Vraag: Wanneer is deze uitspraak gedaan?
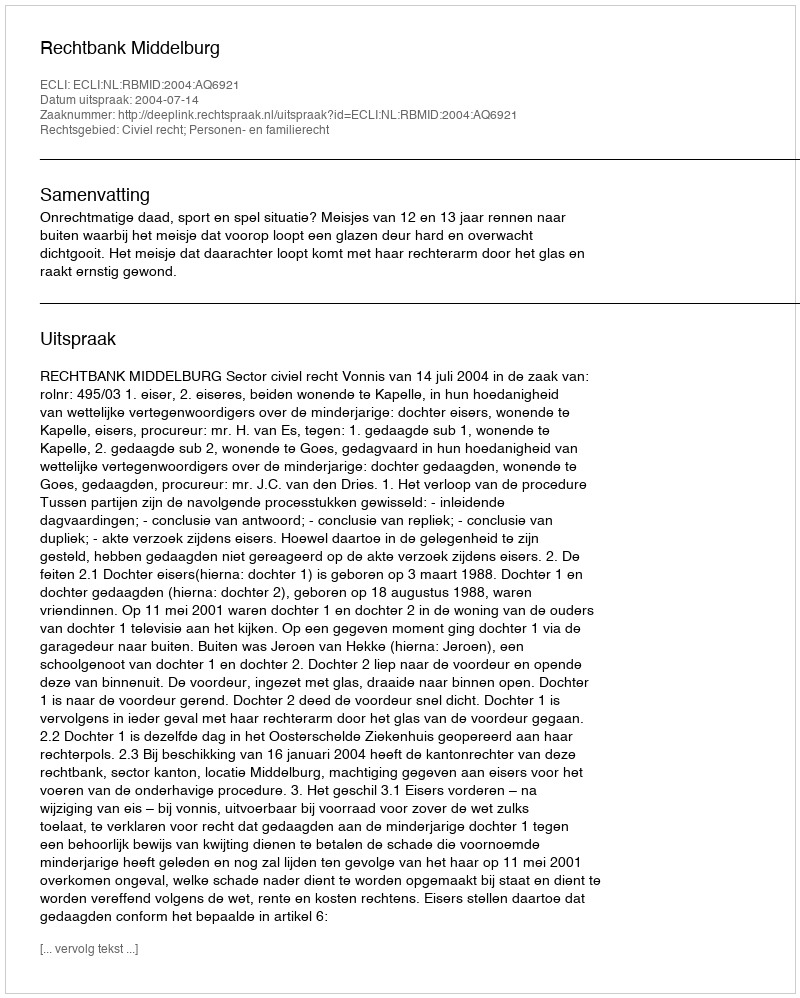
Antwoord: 2004-07-14